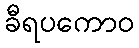
ခီရပကောဝ